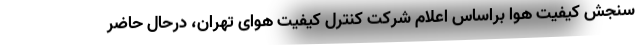
سنجش کیفیت هوا براساس اعلام شرکت کنترل کیفیت هوای تهران، درحال‌ حاضر